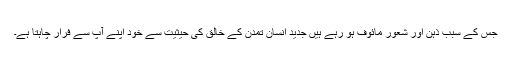
جس کے سبب ذہن اور شعور مائوف ہو رہے ہیں جدید انسان تمدن کے خالق کی حیثیت سے خود اپنے آپ سے فرار چاہتا ہے۔